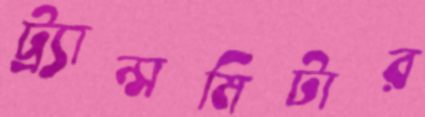
ট্র্যান্সমিটার